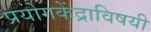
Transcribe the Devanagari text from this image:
प्रयोगकेंद्राविषयी